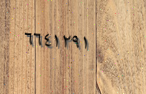
٦٦٤١٢٩١